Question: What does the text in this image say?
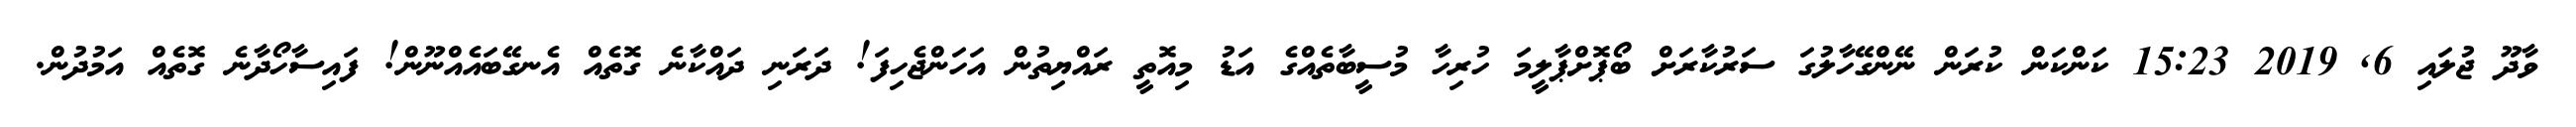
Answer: ވާދޫ ޖުލައި 6, 2019 15:23 ކަންކަން ކުރަން ނޭންގޭހާލުގަ ސަރުކާރަށް ބޯޕޮށްޕާލީމަ ހުރިހާ މުސީބާތެއްގެ އަޑު މިއޮތީ ރައްޔިތުން އަހަންޖެހިފަ! ދަރަނި ދައްކާނެ ގޮތެއް އެނގޭބައެއްނޫން! ފައިސާހޯދާނެ ގޮތެއް އަމުދުން.